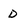
Character: D